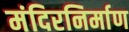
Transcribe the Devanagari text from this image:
मंदिरनिर्माण